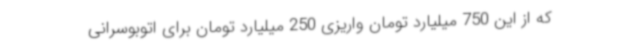
که از این 750 میلیارد تومان واریزی 250 میلیارد تومان برای اتوبوسرانی